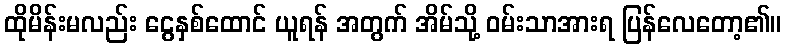
ထိုမိန်းမလည်း ငွေနှစ်ထောင် ယူရန် အတွက် အိမ်သို့ ဝမ်းသာအားရ ပြန်လေတော့၏။